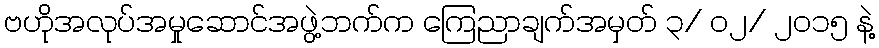
ဗဟိုအလုပ်အမှုဆောင်အဖွဲ့ဘက်က ကြေညာချက်အမှတ် ၃/ ၀၂/ ၂၀၁၅ နဲ့